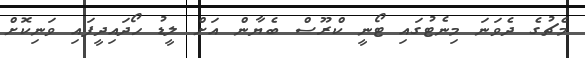
މެޗުގެ ދެވަނަ މިނެޓުގައި ޓޯނީ ކްރޫސް ބެޔާން އަށް ލީޑު ހޯދައިދީފައި ވަނިކޮށް